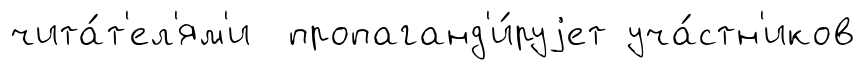
чита́т'ел'ям'и пропаганд'и́руjет уча́стн'иков